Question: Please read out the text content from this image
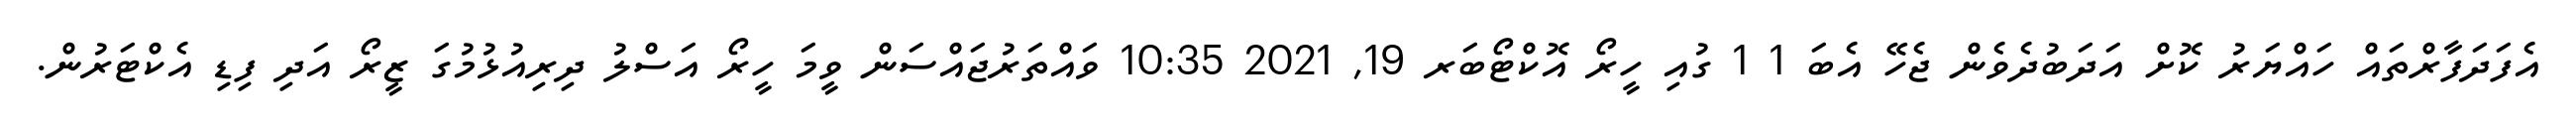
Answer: އެފަދަފާރްތައް ހައްޔަރު ކޮށް އަދަބުދެވެން ޖެހޭ އެބަ 1 1 ގުއި ހީރޯ އޮކްޓޯބަރ 19, 2021 10:35 ވައްތަރުޖައްސަން ވީމަ ހީރޯ އަސްލު ދިރިއުޅުމުގަ ޒީރޯ އަދި ފިޑި އެކްޓަރުން.